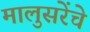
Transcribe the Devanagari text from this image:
मालुसरेंचे